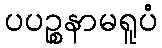
ပပဉ္စနာမရူပံ